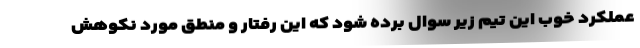
عملکرد خوب این تیم زیر سوال برده شود که این رفتار و منطق مورد نکوهش